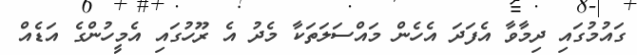
ގައުމުގައި ދިމާވާ އެފަދަ އެހެން މައްސަލަތަކާ މެދު އެ ރޫހުގައި އެމީހުންގެ އަޑެއް